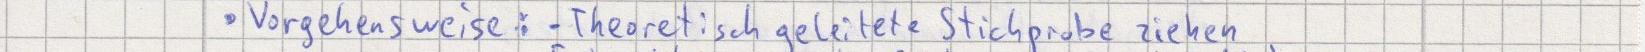
Vorgehensweise: - Theoretisch geleitete Stichprobe ziehen